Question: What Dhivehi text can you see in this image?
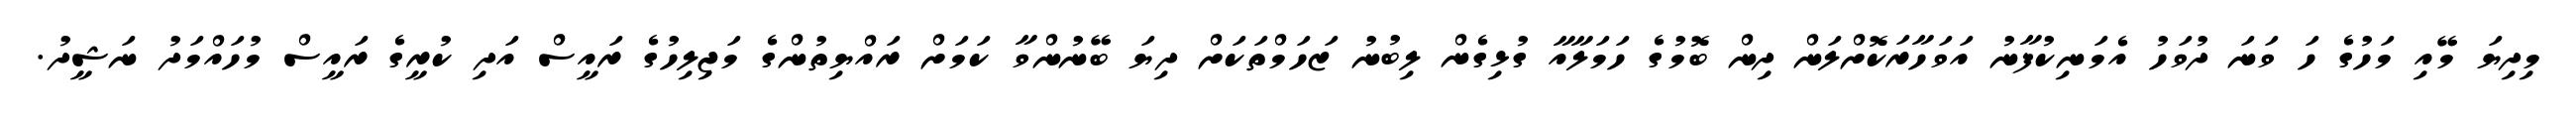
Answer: މިދިޔަ މޭއި މަހުގެ ހަ ވަނަ ދުވަހު އެމަނިކުފާނު އަވަހާރަކޮށްލަން ދިން ބޮމުގެ ހަމަލާއާ ގުޅިގެން ލިބުނު ޒަހަމްތަކަށް ދިޔަ ބޭނުންވާ ކަމަށް ރައްޔިތުންގެ މަޖިލިހުގެ ރައީސް އަދި ކުރީގެ ރައީސް މުހައްމަދު ނަޝީދު.